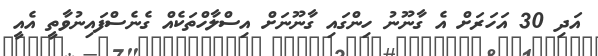
އަދި 30 އަހަރަށް އެ ގާނޫނު ހިންގައި ގާނޫނަށް އިސްލާހްތަކެއް ގެނެސްފައިނުވާތީ އެއީ